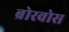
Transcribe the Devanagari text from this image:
ब्रोरवोस